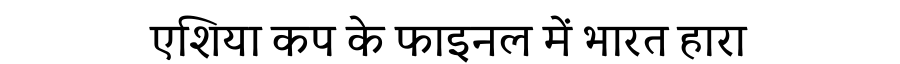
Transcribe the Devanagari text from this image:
एशिया कप के फाइनल में भारत हारा